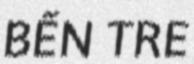
BẾN TRE